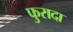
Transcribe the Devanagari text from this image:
फुरादा